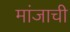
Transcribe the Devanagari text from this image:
मांजाची